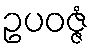
ဥပဝဇ္ဇံ